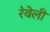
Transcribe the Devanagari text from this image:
रेवेली